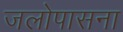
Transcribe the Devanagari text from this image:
जलोपासना